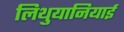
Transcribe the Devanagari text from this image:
लिथुयानियाई